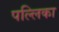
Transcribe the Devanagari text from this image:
पल्लिका